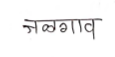
मजकूर: जळगाव